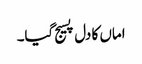
اماں کا دل پسیج گیا۔